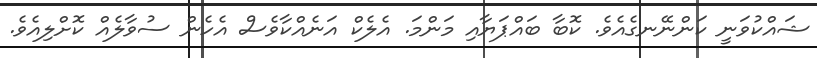
ޝައްކުވަނީ ކަންނޭނގެއެވެ. ކޮބާ ބައްޕަޔާއި މަންމަ. އެލެކް އަނެއްކާވެސް އެހެން ސުވާލެއް ކޮށްލިއެވެ.